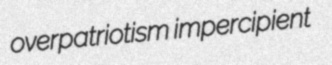
overpatriotism impercipient